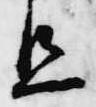
旦